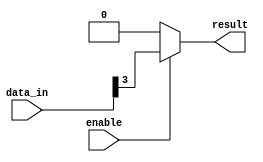
module bit_select_assign (
    input wire [7:0] data_in,
    input wire enable,
    output reg result
);

always @* begin
    if (enable) begin
        result = data_in[3]; // Selecting bit at position 3
    end else begin
        result = 0; // Default value when enable is not true
    end
end

endmodule